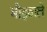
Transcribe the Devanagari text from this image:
भीड़वाले